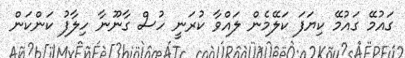
ގައުމޭ ގައުމޭ ކިޔަފަ ކަލޭމެން ލައްވާ ކުރަނީ ހުސް ގާނޫނާ ހިލާފު ކަންކަން